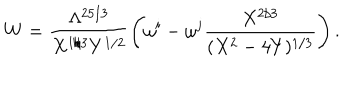
W = \frac { \Lambda ^ { 2 5 / 3 } } { X ^ { 1 / 3 } Y ^ { 1 / 2 } } \left( \omega ^ { i } - \omega ^ { j } \frac { X ^ { 2 / 3 } } { ( X ^ { 2 } - 4 Y ) ^ { 1 / 3 } } \right) .